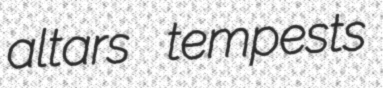
altars tempests